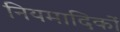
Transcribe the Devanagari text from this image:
नियमादिकों